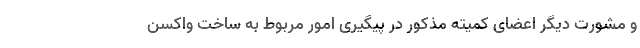
و مشورت دیگر اعضای کمیته مذکور در پیگیری امور مربوط به ساخت واکسن